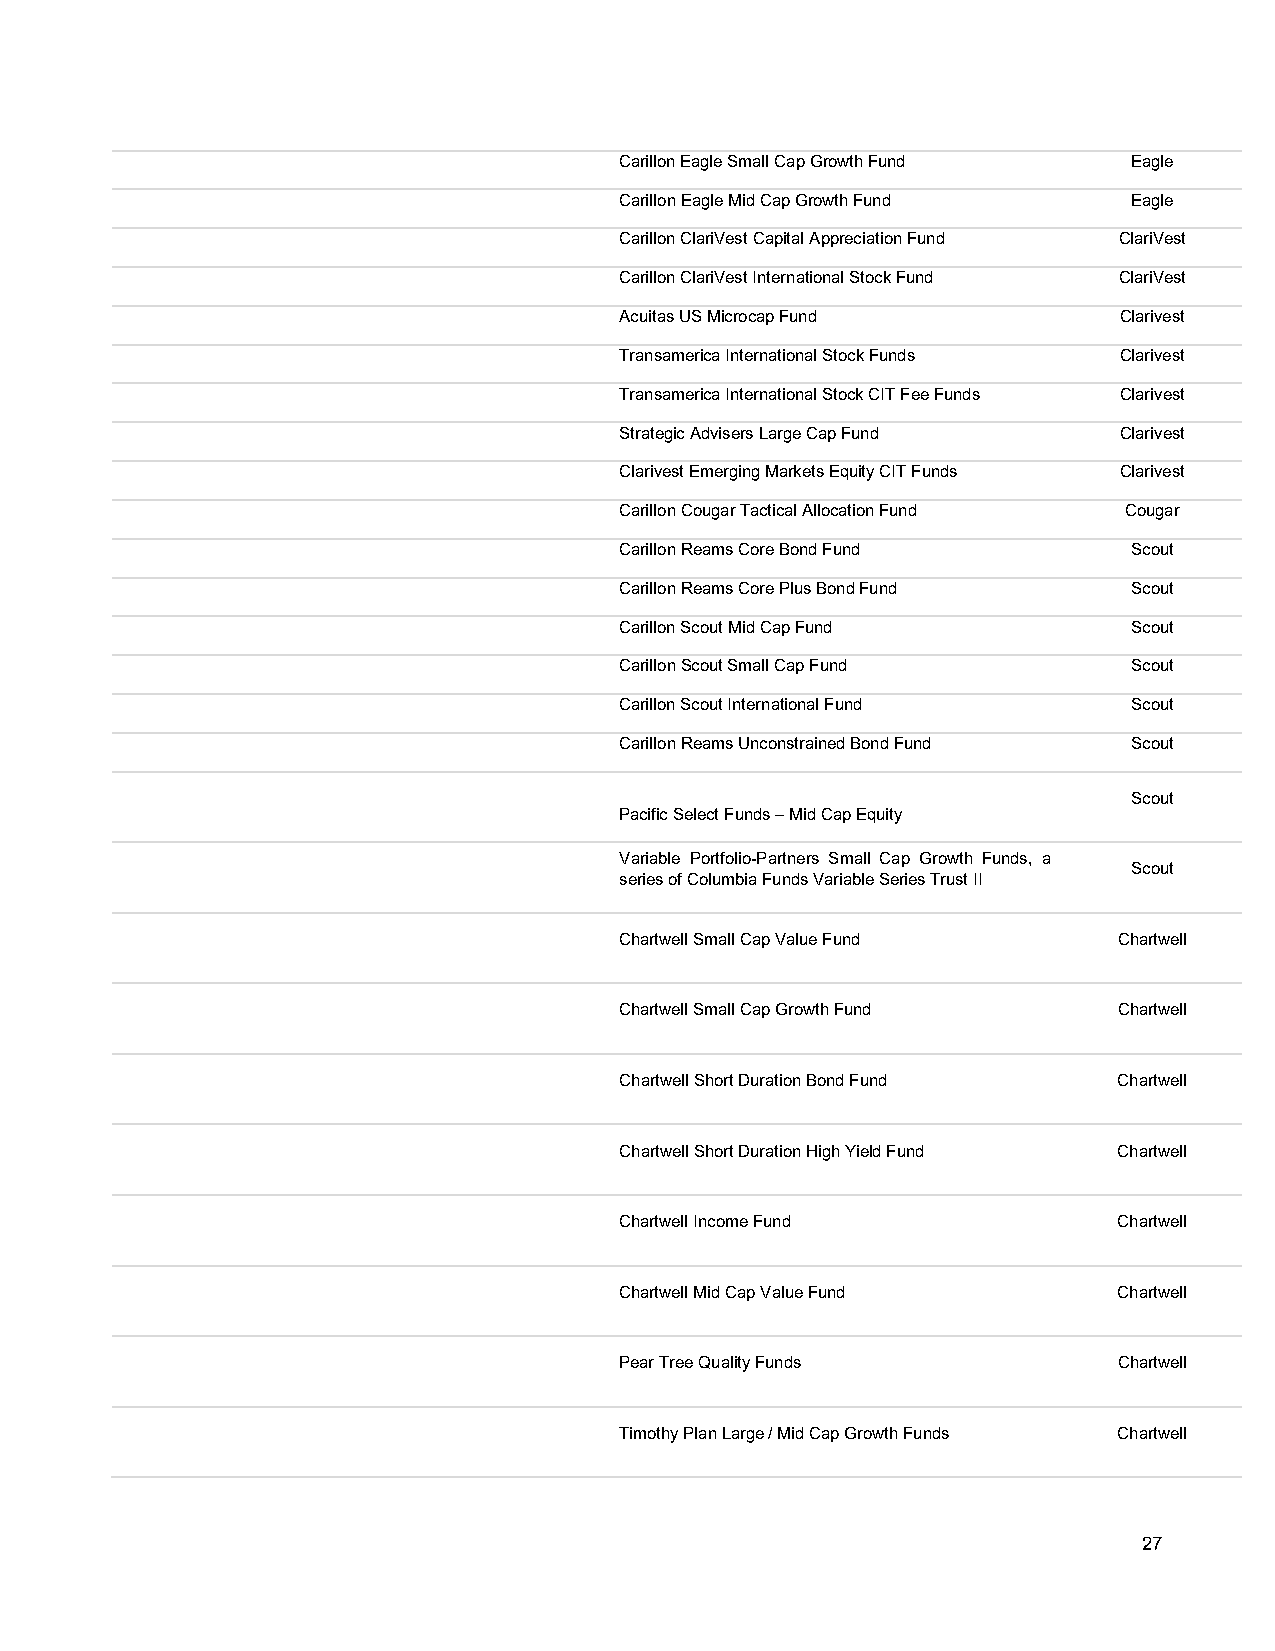
Carillon Eagle Small Cap Growth Fund Eagle
 Carillon Eagle Mid Cap Growth Fund Eagle
 Carillon ClariVest Capital Appreciation Fund ClariVest
 Carillon ClariVest International Stock Fund ClariVest
 Acuitas US Microcap Fund         Clarivest
 Transamerica International Stock Funds Clarivest
 Transamerica International Stock CIT Fee Funds Clarivest
 Strategic Advisers Large Cap Fund Clarivest
 Clarivest Emerging Markets Equity CIT Funds Clarivest
 Carillon Cougar Tactical Allocation Fund Cougar
 Carillon Reams Core Bond Fund     Scout
 Carillon Reams Core Plus Bond Fund Scout
 Carillon Scout Mid Cap Fund       Scout
 Carillon Scout Small Cap Fund     Scout
 Carillon Scout International Fund Scout
 Carillon Reams Unconstrained Bond Fund Scout
 Scout
 Pacific Select Funds – Mid Cap Equity
 Variable Portfolio-Partners Small Cap Growth Funds, a
 Scout
 series of Columbia Funds Variable Series Trust II
 Chartwell Small Cap Value Fund   Chartwell
 Chartwell Small Cap Growth Fund  Chartwell
 Chartwell Short Duration Bond Fund Chartwell
 Chartwell Short Duration High Yield Fund Chartwell
 Chartwell Income Fund            Chartwell
 Chartwell Mid Cap Value Fund     Chartwell
 Pear Tree Quality Funds          Chartwell
 Timothy Plan Large / Mid Cap Growth Funds Chartwell
 27